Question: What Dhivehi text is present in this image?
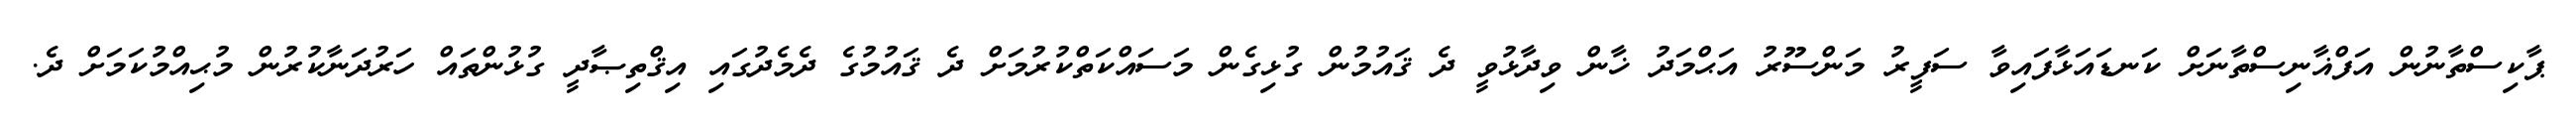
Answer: ޕާކިސްތާނުން އަފްޣާނިސްތާނަށް ކަނޑައަޅާފައިވާ ސަފީރު މަންސޫރު އަޙްމަދު ޚާން ވިދާޅުވީ ދެ ޤައުމުން ގުޅިގެން މަސައްކަތްކުރުމަށް ދެ ޤައުމުގެ ދެމެދުގައި އިޤްތިޞާދީ ގުޅުންތައް ހަރުދަނާކުރުން މުޙިއްމުކަމަށް ދެ.